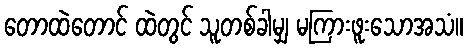
တောထဲတောင် ထဲတွင် သူတစ်ခါမျှ မကြားဖူးသောအသံ။